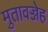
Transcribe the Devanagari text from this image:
मुतावज्जेह